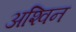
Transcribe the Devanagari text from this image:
अश्‍िवन